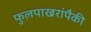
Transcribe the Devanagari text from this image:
फुलपाखरांपैकी